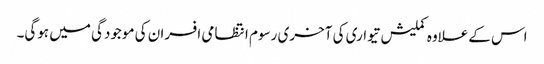
اس کےعلاوہ کملیش تیواری کی آخری رسوم انتظامی افسران کی موجودگی میں ہوگی۔